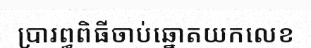
ប្រារព្ធពិធីចាប់ឆ្នោតយកលេខ